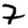
Digit: 7